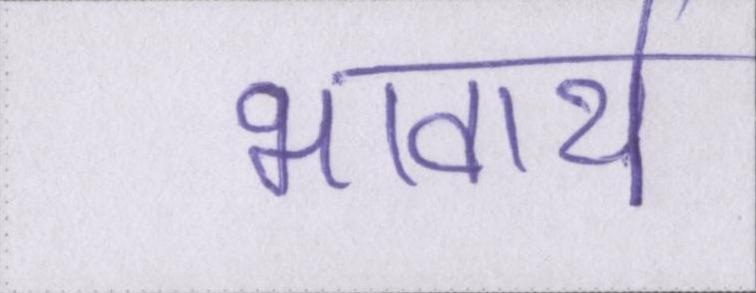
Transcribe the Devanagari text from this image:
भावार्थ